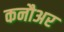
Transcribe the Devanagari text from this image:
कनौअर